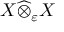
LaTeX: X { \widehat { \otimes } } _ { \varepsilon } X